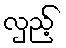
လှည့်